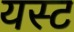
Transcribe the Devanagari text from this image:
यस्ट